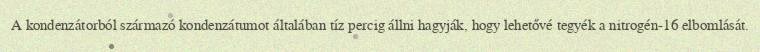
A kondenzátorból származó kondenzátumot általában tíz percig állni hagyják, hogy lehetővé tegyék a nitrogén-16 elbomlását.